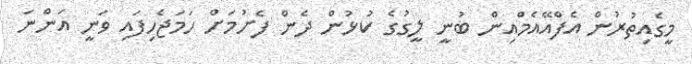
މީގެއިތުރުން އެފްއޭއެމްއިން ބުނީ ލީގުގެ ކުޅުން ދެން ފެށުމަށް ހަމަޖެހިފައި ވަނީ އަންނަ